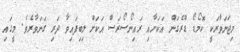
މިޖަނަވާރަކީ ކޮމޯޑޯ ޑްރެގަން އަކަށާއި ރައިނޯސޯރަސް އަކަށް ލިބިފައިވާ ދަރި ގަނަވާރެވެ. މީގައި